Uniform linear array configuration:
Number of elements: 8
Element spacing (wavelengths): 1
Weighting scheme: hamming
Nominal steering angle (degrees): -15
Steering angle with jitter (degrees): -16.28
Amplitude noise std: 0.05
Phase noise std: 0.05

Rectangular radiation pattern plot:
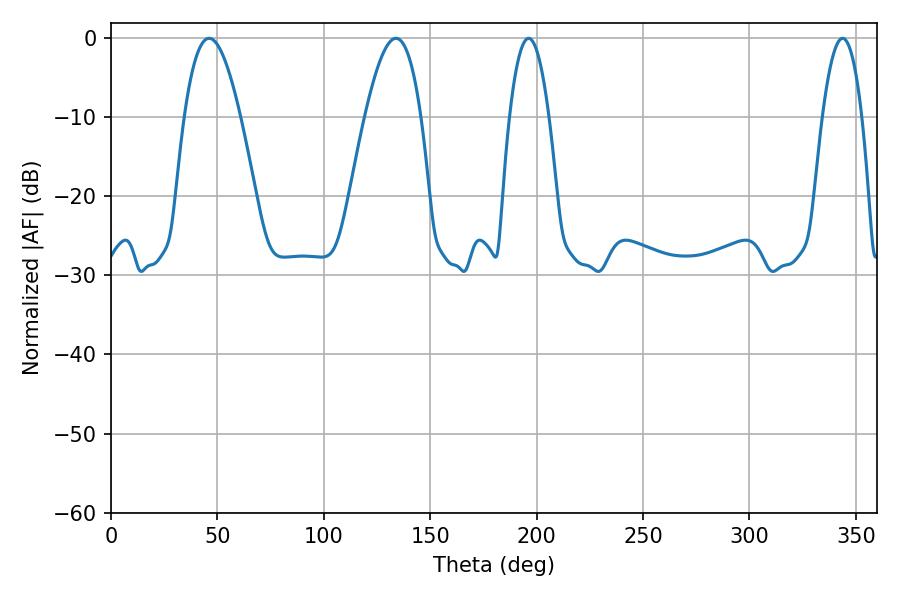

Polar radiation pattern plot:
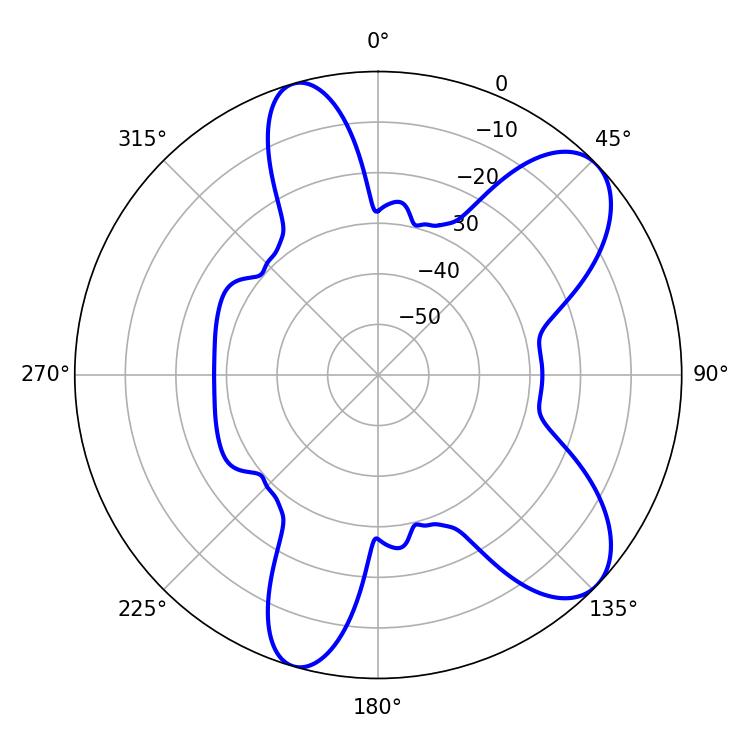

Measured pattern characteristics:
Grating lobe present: TRUE
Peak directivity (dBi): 8.463
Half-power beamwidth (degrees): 14.4
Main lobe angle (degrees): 46.08